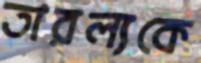
তারল্যকে